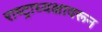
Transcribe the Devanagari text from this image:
राष्ट्राध्यक्षावरून